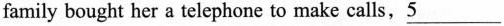
family bought her a telephone to make calls,\underline{5}___